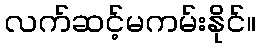
လက်ဆင့်မကမ်းနိုင်။